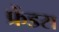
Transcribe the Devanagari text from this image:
फ्रेंडस